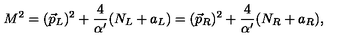
M ^ { 2 } = ( \vec { p } _ { L } ) ^ { 2 } + { \frac { 4 } { \alpha ^ { \prime } } } ( N _ { L } + a _ { L } ) = ( \vec { p } _ { R } ) ^ { 2 } + { \frac { 4 } { \alpha ^ { \prime } } } ( N _ { R } + a _ { R } ) ,